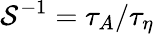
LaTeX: \mathcal{S}^{-1}=\tau_{A}/\tau_{\eta}